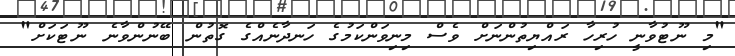
"މި ނޫޓުވާނީ ހުރިހާ ރައްޔިތުންނަށް ވެސް މިނިވަންކަމުގެ ހަނދާނެއްގެ ގޮތުން ބޭނުންވާނެ ނޫޓަކަށް"